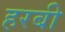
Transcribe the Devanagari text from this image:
हरबी